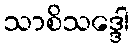
သာစိသဒ္ဒေါ